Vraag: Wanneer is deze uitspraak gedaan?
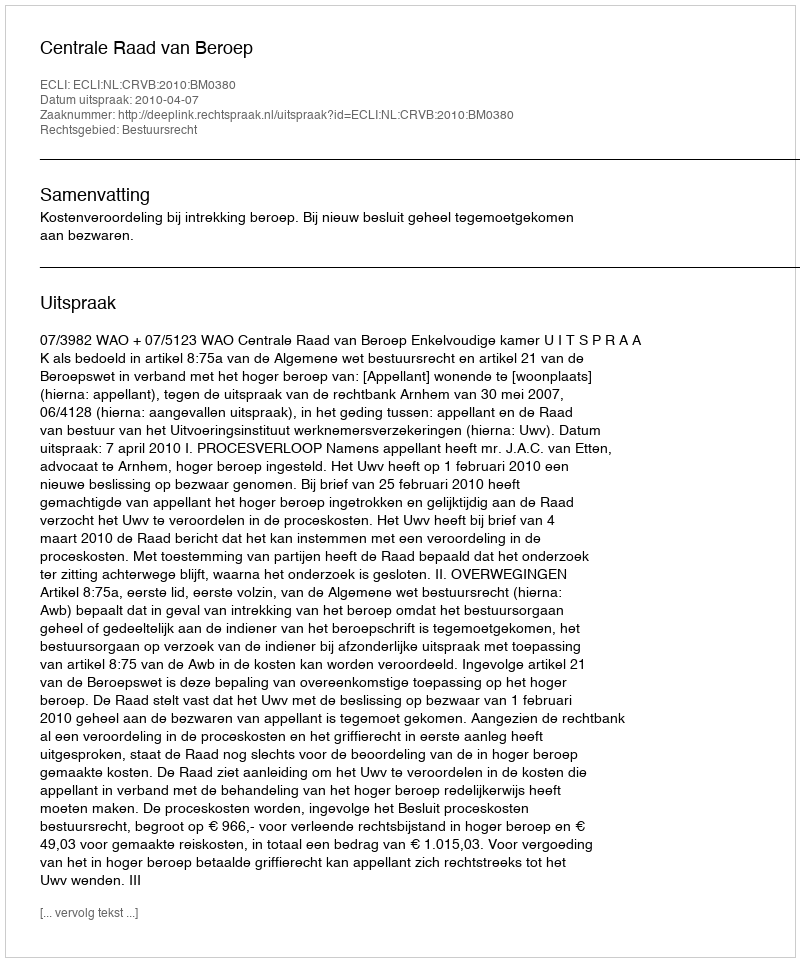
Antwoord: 2010-04-07